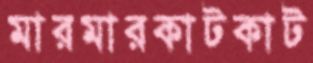
মারমারকাটকাট